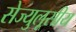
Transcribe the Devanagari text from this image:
सेज्युलूसीय